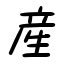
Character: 産